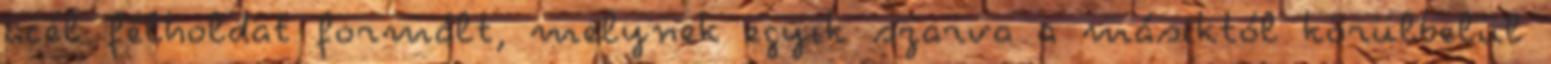
acél félholdat formált, melynek egyik szarva a másiktól körülbelül